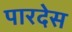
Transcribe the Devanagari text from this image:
पारदेस